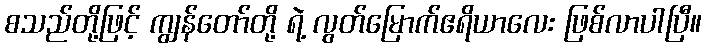
စသည်တို့ဖြင့် ကျွန်တော်တို့ ရဲ့ လွတ်မြောက်ဧရိယာလေး ဖြစ်လာပါပြီ။